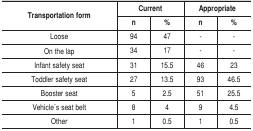
<table><thead><tr><td rowspan="2"><b>Transportation form</b></td><td colspan="2"><b>Current </b></td><td colspan="2"><b>Appropriate </b></td></tr><tr><td><b>n</b></td><td><b>%</b></td><td><b>n</b></td><td><b>%</b></td></tr></thead><tbody><tr><td>Loose</td><td>94</td><td>47</td><td>-</td><td>-</td></tr><tr><td>On the lap</td><td>34</td><td>17</td><td>-</td><td>-</td></tr><tr><td>Infant safety seat</td><td>31</td><td>15.5</td><td>46</td><td>23</td></tr><tr><td>Toddler safety seat</td><td>27</td><td>13.5</td><td>93</td><td>46.5</td></tr><tr><td>Booster seat</td><td>5</td><td>2.5</td><td>51</td><td>25.5</td></tr><tr><td>Vehicle ́s seat belt</td><td>8</td><td>4</td><td>9</td><td>4.5</td></tr><tr><td>Other</td><td>1</td><td>0.5</td><td>1</td><td>0.5</td></tr></tbody></table>